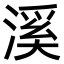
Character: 溪